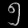
Digit: ၅